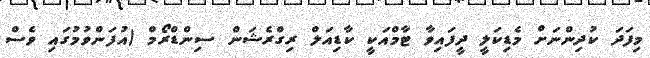
މިފަދަ ކުދިންނަށް މެޑިކަލީ ދީފައިވާ ޓާމްއަކީ ކާޑިއަލް ރިގްރެޝަން ސިންޑްރޯމް (އުފަންވުމުގައި ވެސް